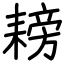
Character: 耪